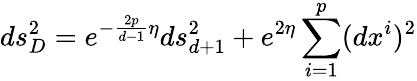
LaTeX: ds_{D}^{2}=e^{-\frac{2p}{d-1}\eta}ds_{d+1}^{2}+e^{2\eta}\sum_{i=1}^{p}(dx^{i})^{2}